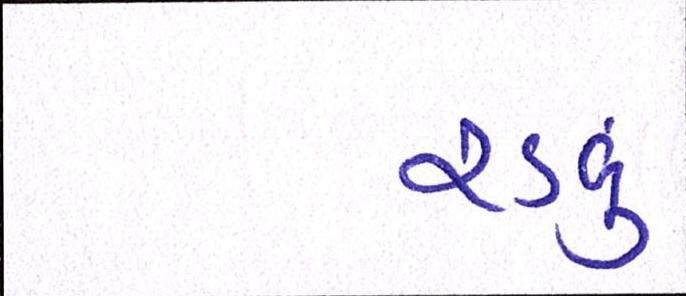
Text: રડવું